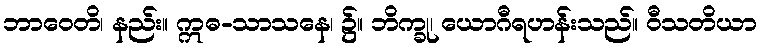
ဘာဝေတိ၊ နည်း။ ဣဓ-သာသနေ၊ ၌။ ဘိက္ခု၊ ယောဂီရဟန်းသည်။ ဝီသတိယာ